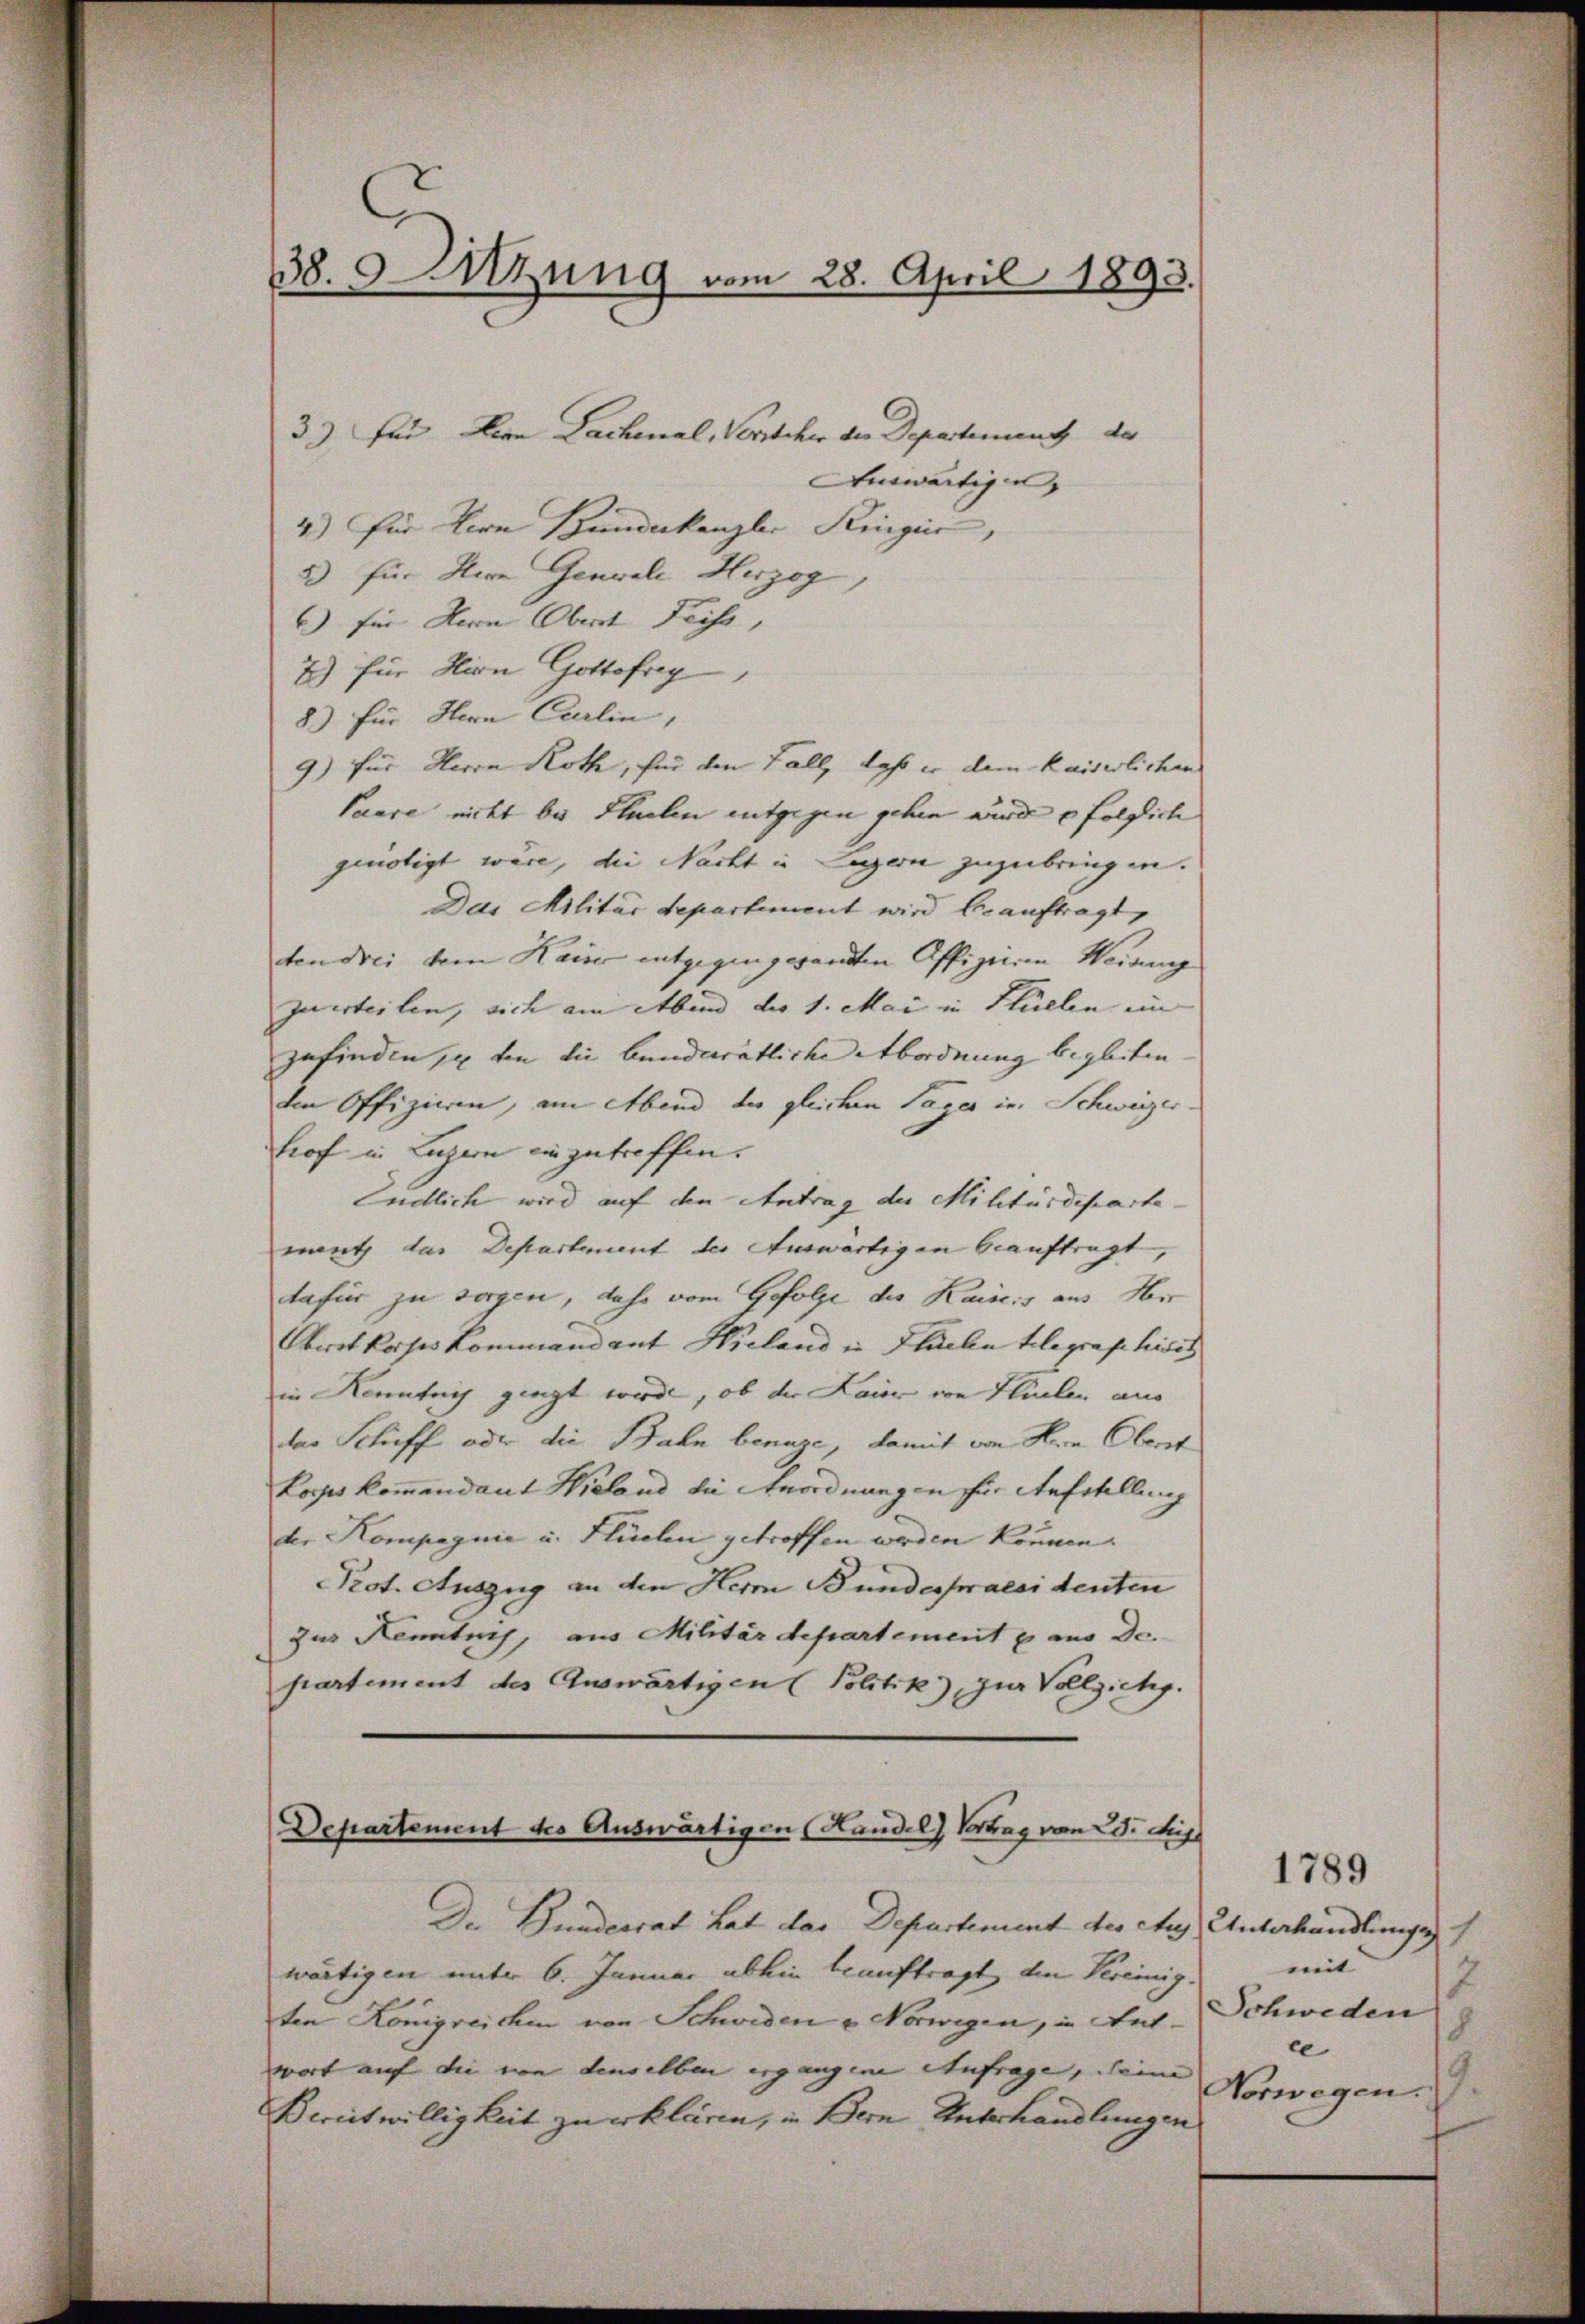
38. Stung vom 28. April 1893.

33) für den Lachenal, Vorsteher der Departement de
Auswärtigen,
4) für Hern Bundeskanzler Reingeis
5) für Herr Genuale Herzog,
6) für Herrn Oberst Frist,
7) für Hirn Gottofreg
8) für Hern Carlin,
9) für Herrn Roth, für den Fall, daß er dem kaiserlichen
Paure nicht bei Flüelen entgegen gehen wird folglich
genötigt wäre, die Nacht in Luzern zuzubringen.
Das Militär departement wird beauftragt,
ten drei vom Kairo entgegen gesandten Offizieren Weiang
zu erteilen, sich am Abend der 1. Mai in Stillen in
zufinden, von die bunderätliche Abordnung begleiten
den Offizieren, am Abend der gleichen Tages in Schweizer.
hof in Luzern einzutreffen.
Endlich wird auf den Antrag der Militärdepartemant das Departement der Auswärtigen beauftragt,
dafür zu sorgen, dahe vom Gefolge die Kaiseis aus Hr
Obrotkoses Kommandant Hieland in Sache telegraphidis
in Kenntnis gingt wird, ob der Laier von Heilen aus
der Schiff oder die Bahn benuze, damit von Hern Oberst
Lorps kommendant Wieland die Anordnungen für Anfellung
der Kompagnie u. Flüchen getroffen werden können.
Prot. Auszug an den Herr Bundepraesidenten
zur Kenntnis, aus Militärdepartement er aus de
partement des Auswärtigen (Politik), zur Vollzichy.
Departement des Auswärtigen (Handel) Vortrag vom 28. Ap

Der Bunderrat hat das Departement der Aus Unterhandlungen
wärtigen unter 6. Januar absein beauftragt, den Vereinig.
ten Königreichen von Schweden u Norwegen, in Antwort auf die von denselben ergangene Aufrage, seine
Bereitwilligkeit zu erklären, in Bern Unterhandlungen

1789
mit
7
Schweden
8
ce
Vorwegen.